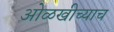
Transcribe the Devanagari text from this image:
ओळखीच्याच